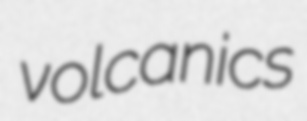
volcanics